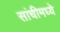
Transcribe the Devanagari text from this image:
सांचीमध्ये